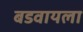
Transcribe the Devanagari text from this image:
बडवायला